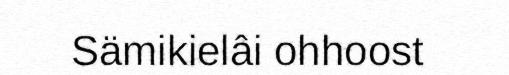
Sämikielâi ohhoost